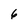
Character: 6